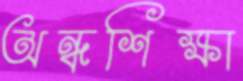
অন্ধশিক্ষা